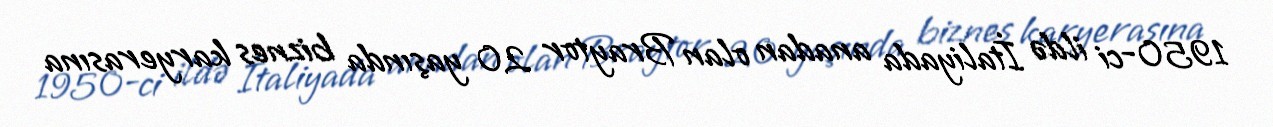
1950-ci ildə İtaliyada anadan olan Braytor 20 yaşında biznes karyerasına